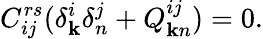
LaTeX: C_{ij}^{rs}(\delta_{\mathbf{k}}^{i}\delta_{n}^{j}+Q_{\mathbf{k}n}^{ij})=0.